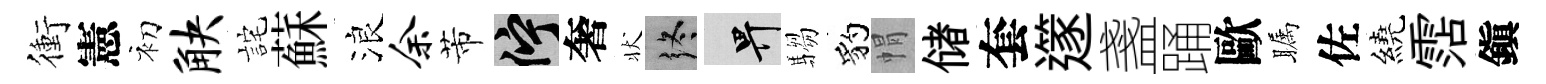
衝憲初觖詫蘇浪余芾伫奢状终畀騶豹㡌储套𨗹盞踊歐瞩佐繞霑鎭